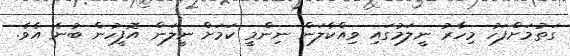
ގަތުމަށްފަހު މިހާރު ނީލަމުގައި ވިއްކާލަން ނިންމީ ކަމަށް ނީލަން އޮފީހުން ބުނެ އެވެ.